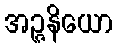
အဉ္ဇနိယော